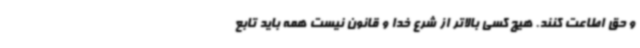
و حق اطاعت کنند. هیچ کسی بالاتر از شرع خدا و قانون نیست همه باید تابع